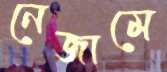
নেজামে